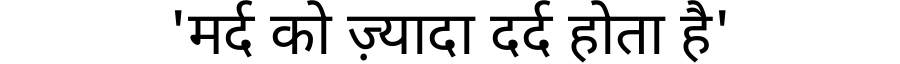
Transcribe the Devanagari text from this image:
'मर्द को ज़्यादा दर्द होता है'